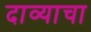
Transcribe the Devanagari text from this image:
दाव्याचा